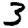
Digit: 3